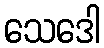
သေဒေါ